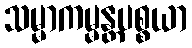
သမ္မာကမ္မန္တပစ္စယာ